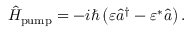
\hat { H } _ { \mathrm { p u m p } } = - i \hbar \left( \varepsilon \hat { a } ^ { \dagger } - \varepsilon ^ { * } \hat { a } \right) .